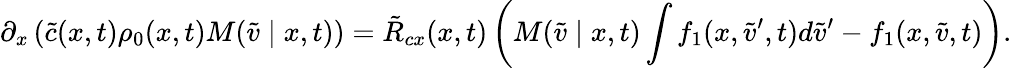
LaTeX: \partial_{x}\left(\tilde{c}(x,t)\rho_{0}(x,t)M(\tilde{v}\mid x,t)\right)=\tilde{R}_{cx}(x,t)\left(M(\tilde{v}\mid x,t)\int f_{1}(x,\tilde{v}^{\prime},t)d\tilde{v}^{\prime}-f_{1}(x,\tilde{v},t)\right).